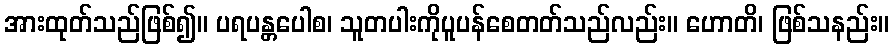
အားထုတ်သည်ဖြစ်၍။ ပရပန္တပေါစ၊ သူတပါးကိုပူပန်စေတတ်သည်လည်း။ ဟောတိ၊ ဖြစ်သနည်း။